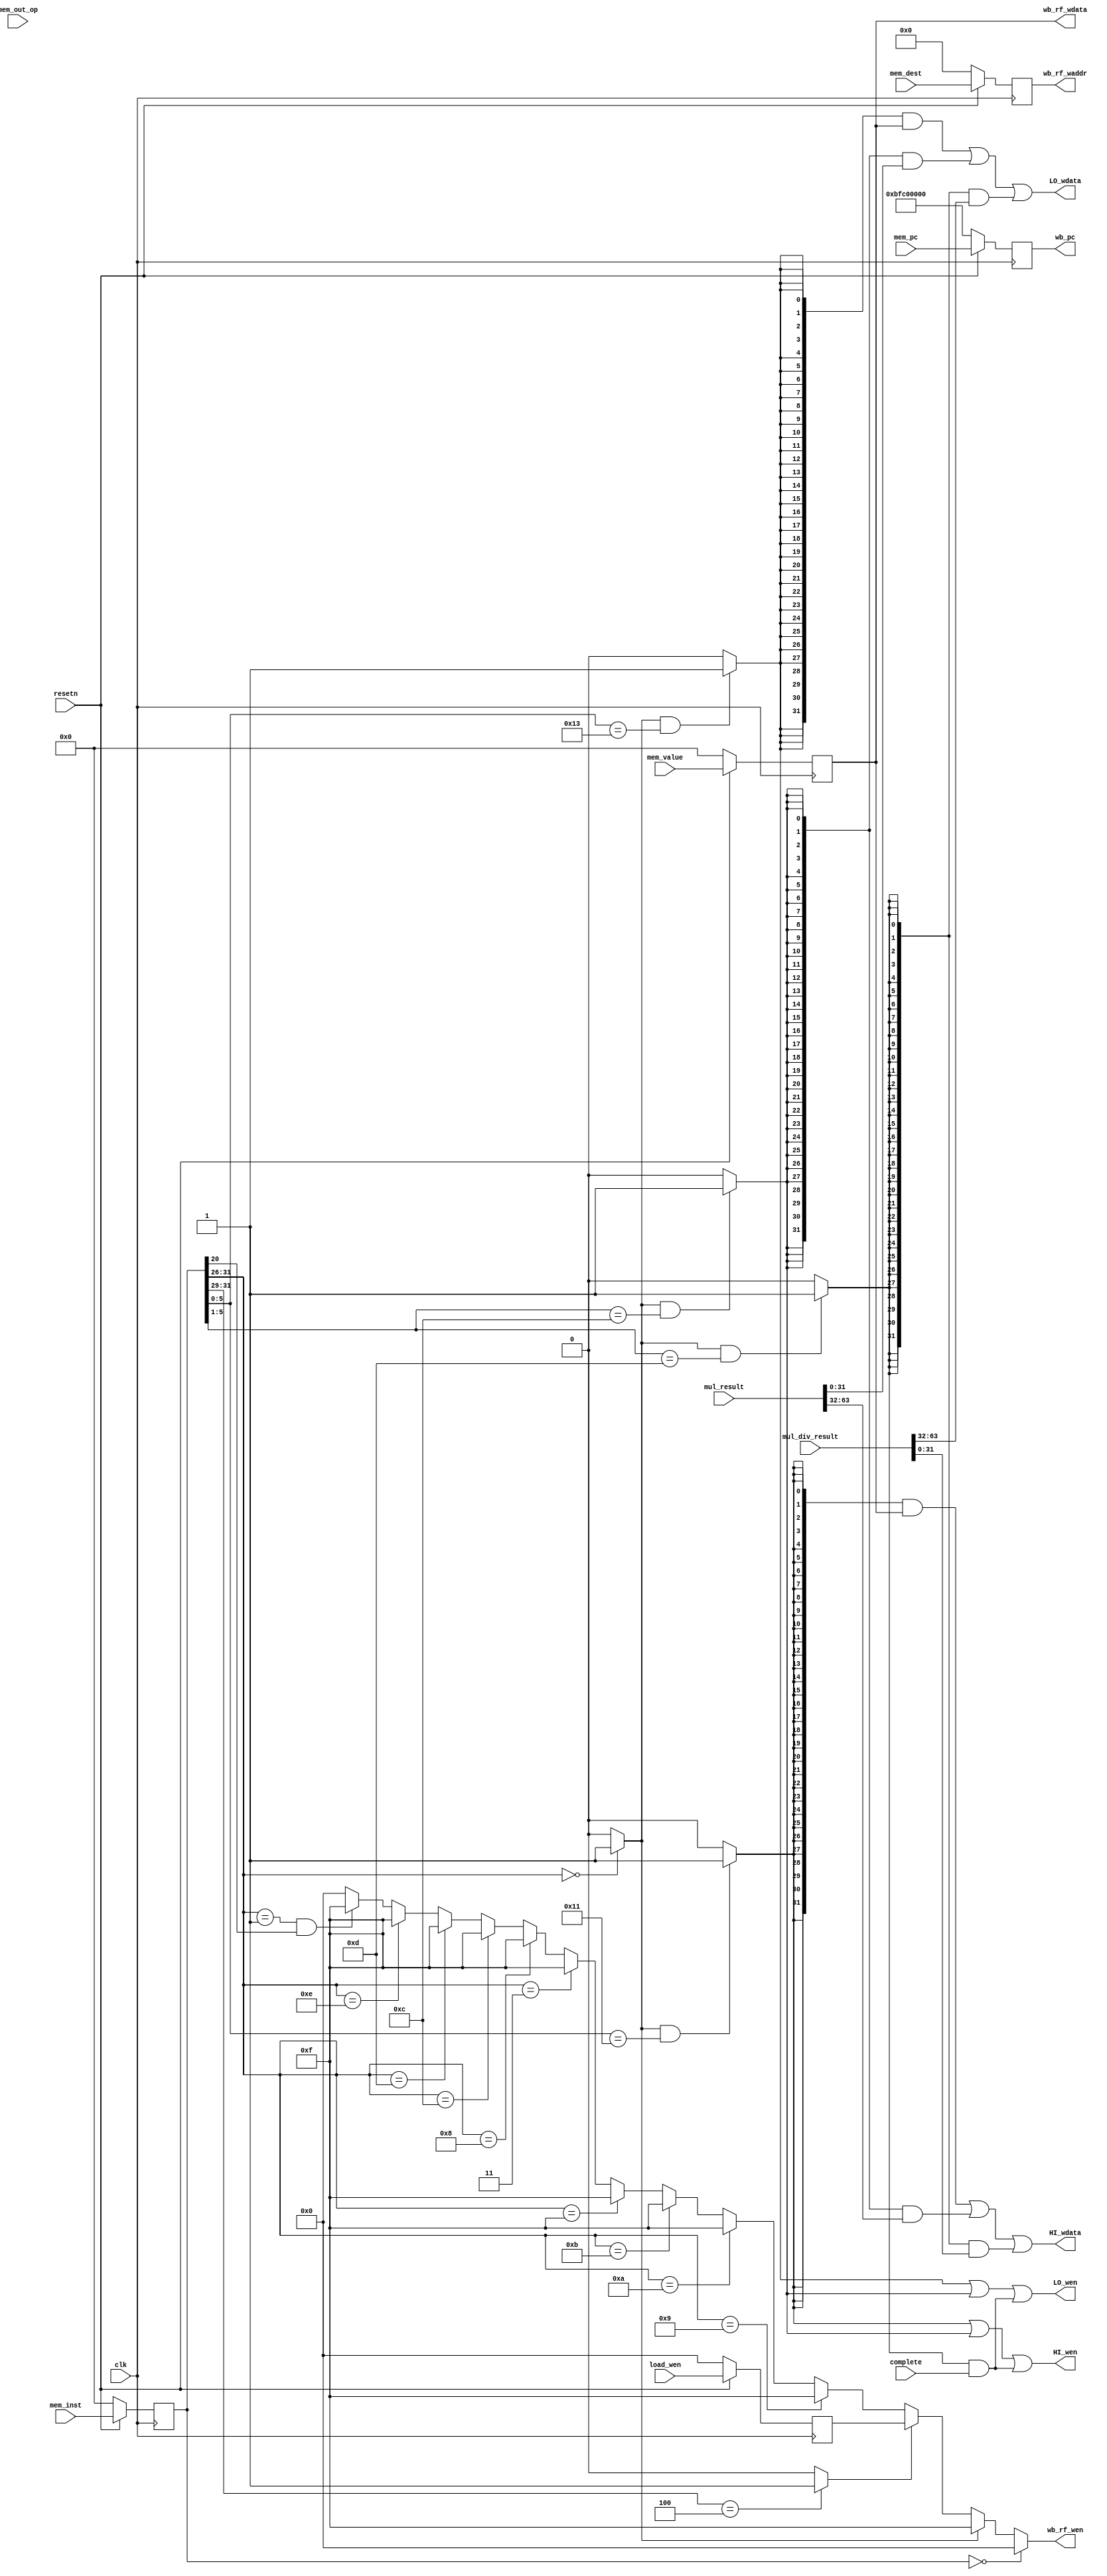

module writeback_stage(
    input  wire        clk,
    input  wire        resetn,

    input  wire [ 2:0] mem_out_op,      //control signals used in WB stage
    input  wire [ 4:0] mem_dest,        //reg num of dest operand
    input  wire [31:0] mem_value,       //mem_stage final result

    output wire [ 3:0] wb_rf_wen,
    output wire [ 4:0] wb_rf_waddr,
    output wire [31:0] wb_rf_wdata,

    input  wire [31:0] mem_pc,          //pc @memory_stage
    input  wire [31:0] mem_inst,        //instr code @memory_stage
    output wire [31:0] wb_pc,

    output wire        HI_wen,
    output wire [31:0] HI_wdata,
    output wire        LO_wen,
    output wire [31:0] LO_wdata,

    input  wire [63:0] mul_result,
    input  wire [63:0] mul_div_result,
    input  wire        complete,
    input  wire [ 3:0] load_wen
);
    //registers for input signal
    reg [ 2:0] mem_out_op_reg;
    reg [ 4:0] mem_dest_reg;
    reg [31:0] mem_value_reg;
    reg [31:0] mem_pc_reg;
    reg [31:0] mem_inst_reg;
    reg [ 3:0] load_wen_reg;

    always @(posedge clk) begin
      if(~resetn) begin
        mem_out_op_reg <= 3'b0;
        mem_dest_reg <= 5'b0;
        mem_value_reg <= 32'h0;
        mem_pc_reg <= 32'hbfc00000;
        mem_inst_reg <= 32'h0;
        load_wen_reg <= 4'b0;
      end
      else begin
        mem_out_op_reg <= mem_out_op;
        mem_dest_reg <= mem_dest;
        mem_value_reg <= mem_value;
        mem_pc_reg <= mem_pc;
        mem_inst_reg <= mem_inst;
        load_wen_reg <= load_wen;
      end
    end

    wire wb_is_rtype;
    wire wb_is_load;
    //wire [3:0] load_wen;

    assign wb_is_rtype = (mem_inst_reg[31:26] == 6'b000000) ? 1 : 0;
    assign wb_is_load = (mem_inst_reg[31:29] == 3'b100) ? 1 : 0;

    /*unaligned_ld_wen unaligned_ld_wen1(
      .h6_inst(mem_inst_reg[31:26]),
      .vaddr(mem_value_reg[1:0]),
      .wen(load_wen)
    );*/

    assign wb_rf_wen = (mem_inst_reg[31:0] == 32'b000000) ? 4'b0000:
                       (wb_is_rtype) ? 4'b1111:   //R-type including JALR
                       (wb_is_load)  ? load_wen_reg:   //LW
                       (mem_inst_reg[31:26] == 6'b001001) ? 4'b1111:   //ADDIU
                       (mem_inst_reg[31:26] == 6'b001010) ? 4'b1111:   //SLTI
                       (mem_inst_reg[31:26] == 6'b001011) ? 4'b1111:   //SLTIU
                       (mem_inst_reg[31:26] == 6'b001111) ? 4'b1111:   //LUI
                       (mem_inst_reg[31:26] == 6'b000011) ? 4'b1111:   //JAL
                       (mem_inst_reg[31:26] == 6'b001000) ? 4'b1111:   //ADDI
                       (mem_inst_reg[31:26] == 6'b001100) ? 4'b1111:   //ANDI
                       (mem_inst_reg[31:26] == 6'b001101) ? 4'b1111:   //ORI
                       (mem_inst_reg[31:26] == 6'b001110) ? 4'b1111:   //XORI
                       (mem_inst_reg[31:26] == 6'b000001 & mem_inst_reg[20]) ? 4'b1111: //BGEZAL and BLTZAL
                                                            4'b0000;

    assign wb_pc = mem_pc_reg;
    assign wb_rf_waddr = mem_dest_reg;            //JAL is considered in de and exe stage
    assign wb_rf_wdata = mem_value_reg;

    wire is_mthi;
    wire is_mtlo;
    wire is_mul;
    wire is_div;

    assign is_mthi = (wb_is_rtype && mem_inst_reg[5:0] == 6'b010001) ? 1 : 0;
    assign is_mtlo = (wb_is_rtype && mem_inst_reg[5:0] == 6'b010011) ? 1 : 0;
    assign is_mul  = (wb_is_rtype && mem_inst_reg[5:1] == 5'b01100)  ? 1 : 0;
    assign is_div  = (wb_is_rtype && mem_inst_reg[5:1] == 5'b01101)  ? 1 : 0;

    assign HI_wen   = is_mthi | is_mul | (is_div & complete);
    assign LO_wen   = is_mtlo | is_mul | (is_div & complete);
    assign HI_wdata = ({32{is_mthi}} & mem_value_reg) | ({32{is_mul}} & mul_result[63:32]) | ({32{is_div}} & mul_div_result[31: 0]);
    assign LO_wdata = ({32{is_mtlo}} & mem_value_reg) | ({32{is_mul}} & mul_result[31: 0]) | ({32{is_div}} & mul_div_result[63:32]);
endmodule //writeback_stage

/*module unaligned_ld_wen(
    input  [ 5:0] h6_inst,
    input  [ 1:0] vaddr,
    //input  [31:0] memdata,
    output [ 3:0] wen
);
    wire addr_0;
    wire addr_1;
    wire addr_2;
    wire addr_3;

    wire is_lb;
    wire is_lbu;
    wire is_lh;
    wire is_lhu;
    wire is_lwl;
    wire is_lwr;

    wire is_lwl1; //1 Byte
    wire is_lwl2; //2 Byte
    wire is_lwl3; //3 Byte
    wire is_l4;   //4 Byte
    wire is_lwr1; //according to byte changed instead of addr
    wire is_lwr2;
    wire is_lwr3;

    assign is_lb  = (h6_inst == 6'b100000) ? 1 : 0;
    assign is_lbu = (h6_inst == 6'b100100) ? 1 : 0;
    assign is_lh  = (h6_inst == 6'b100001) ? 1 : 0;
    assign is_lhu = (h6_inst == 6'b100101) ? 1 : 0;
    assign is_lwl = (h6_inst == 6'b100010) ? 1 : 0;
    assign is_lwr = (h6_inst == 6'b100110) ? 1 : 0;

    assign addr_0 = (vaddr == 2'd0) ? 1 : 0;
    assign addr_1 = (vaddr == 2'd1) ? 1 : 0;
    assign addr_2 = (vaddr == 2'd2) ? 1 : 0;
    assign addr_3 = (vaddr == 2'd3) ? 1 : 0;

    assign is_l4   = (h6_inst == 6'b100011 || (is_lwl && addr_3) || (is_lwr && addr_0)) ? 1 : 0;
    assign is_lwl1 = (is_lwl && addr_0) ? 1 : 0;
    assign is_lwl2 = (is_lwl && addr_1) ? 1 : 0;
    assign is_lwl3 = (is_lwl && addr_2) ? 1 : 0;
    assign is_lwr1 = (is_lwr && addr_3) ? 1 : 0;
    assign is_lwr2 = (is_lwr && addr_2) ? 1 : 0;
    assign is_lwr3 = (is_lwr && addr_1) ? 1 : 0;

    assign wen = (is_lb || is_lbu || is_lh || is_lhu || is_l4) ? 4'b1111:
                 (is_lwl1) ? 4'b1000:
                 (is_lwl2) ? 4'b1100:
                 (is_lwl3) ? 4'b1110:
                 (is_lwr1) ? 4'b0001:
                 (is_lwr2) ? 4'b0011:
                 (is_lwr3) ? 4'b0111:
                             4'b0000;
endmodule*/